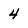
Character: 4